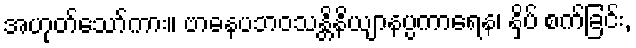
အဟုတ်သော်ကား။ ဗာဓနပဘဝသန္တိနိယျာနပ္ပကာရေန၊ နှိပ် စက်ခြင်း,